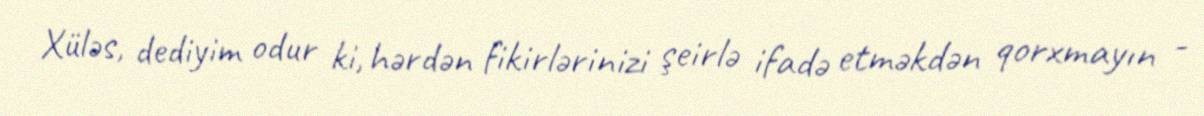
Xüləs, dediyim odur ki, hərdən fikirlərinizi şeirlə ifadə etməkdən qorxmayın -